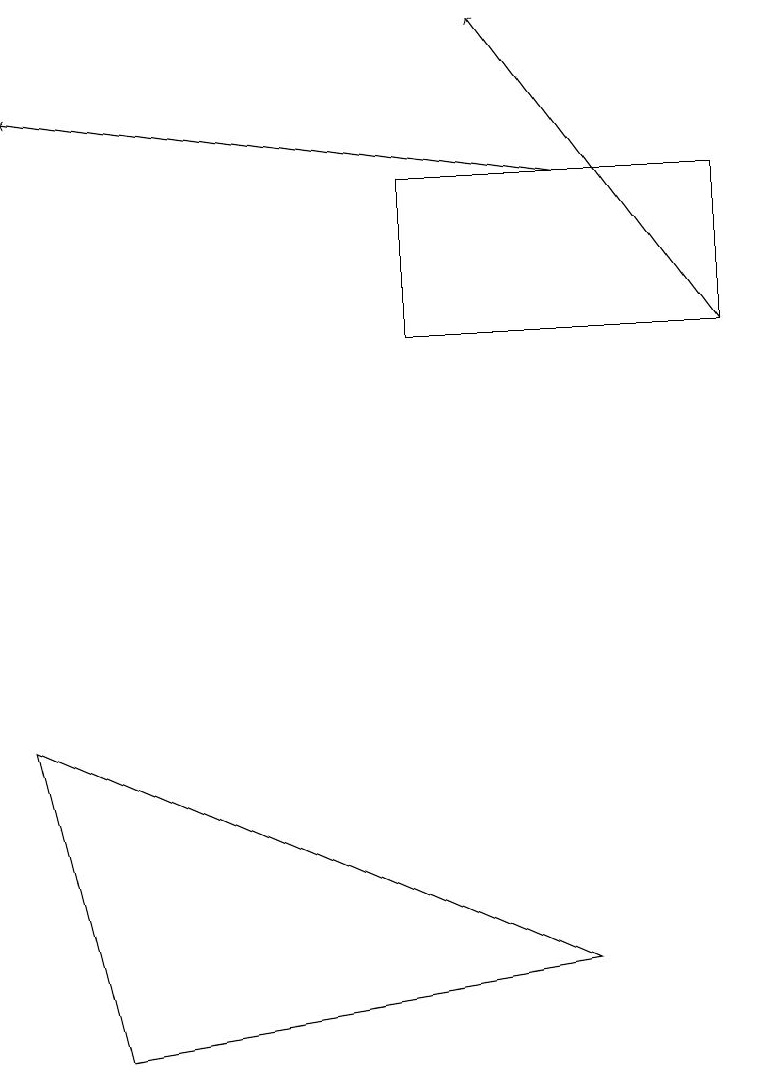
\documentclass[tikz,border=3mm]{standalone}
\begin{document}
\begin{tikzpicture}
\draw (9,14) rectangle (5,16);
\draw[->] (7,16) -- (0,17);
\draw (0,9) -- (1,5) -- (7,6) -- cycle;
\draw[->] (9,14) -- (6,18);
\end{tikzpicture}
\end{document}